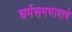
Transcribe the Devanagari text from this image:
धर्मसमभावाचे